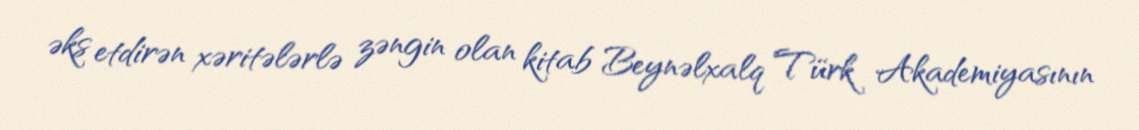
əks etdirən xəritələrlə zəngin olan kitab Beynəlxalq Türk Akademiyasının